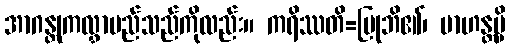
အာဂန္တုကလွှာမည်သည်ကိုလည်း။ ကရိဿတိ=ပြုဘိ၏၊ ဗာဟန္တမ္ပိ